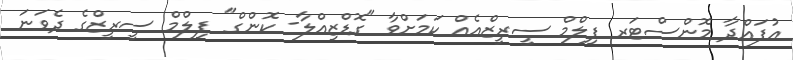
އުފައްދާ މޮންސްޓަރ ފިލްމް ސީރީޒްއެއް ކަމަށްވާ "ގޮޑްޒިއްލާ- ކޮންގް" ފިލްމް ސީރީޒްގެ ދެވަނަ